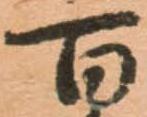
百